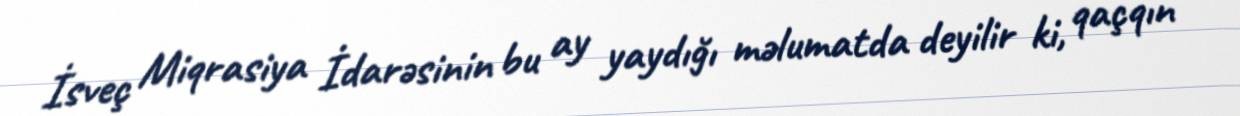
İsveç Miqrasiya İdarəsinin bu ay yaydığı məlumatda deyilir ki, qaçqın